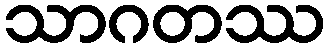
သာဂတဿ